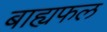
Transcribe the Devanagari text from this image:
बाह्यफल